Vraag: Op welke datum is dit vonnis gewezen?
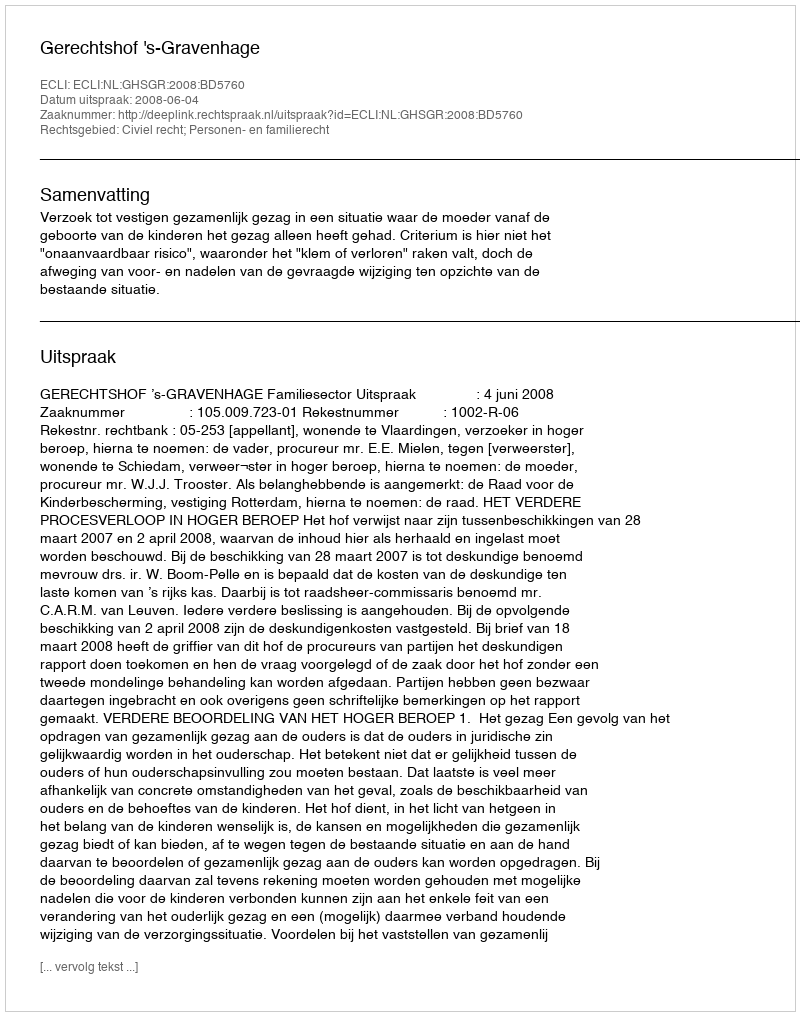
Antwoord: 2008-06-04